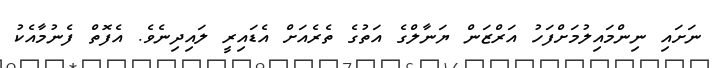
ނަށައި ނިންމައިލުމަށްފަހު އަރްޒަން ޔަނާލްގެ އަތުގެ ތެރެއަަށް އެޑައިރީ ލައިދިނެވެ. އެފޮތް ފެނުމާއެކު